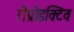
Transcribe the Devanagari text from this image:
रीप्रोडक्टिव